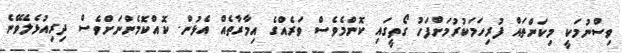
ވިސްނުމަކީ މިކަންތައް ފުރިހަމަކުރުމަށްފަހު ގޯތީގައި ކޮންމެވެސް ވަރެއްގެ އިމާރާތެއް އެޅުން. ކޮއްކޮމެންނަށްވެސް ދިރިއުޅެލެވޭނެ